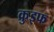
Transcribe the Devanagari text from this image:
क्रुइफ